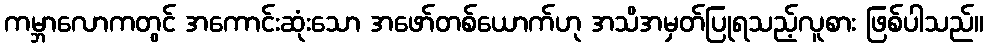
ကမ္ဘာလောကတွင် အကောင်းဆုံးသော အဖော်တစ်ယောက်ဟု အသိအမှတ်ပြုရသည့်လူစား ဖြစ်ပါသည်။